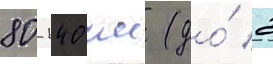
80-140 см (до́ 2